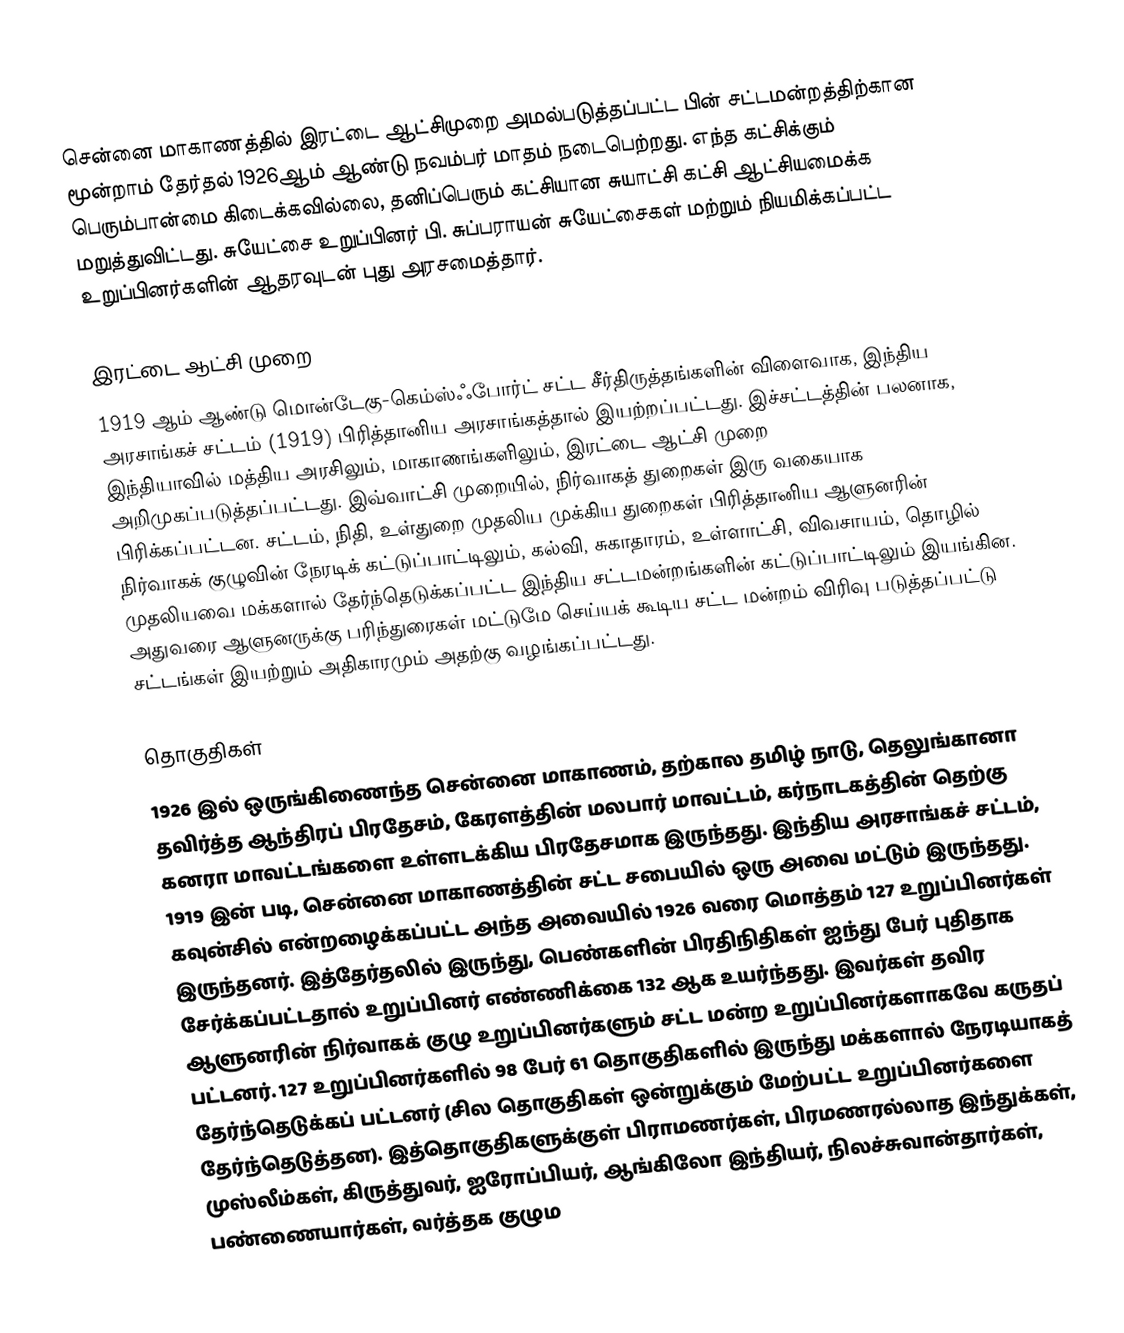
சென்னை மாகாணத்தில் இரட்டை ஆட்சிமுறை அமல்படுத்தப்பட்ட பின் சட்டமன்றத்திற்கான மூன்றாம் தேர்தல் 1926ஆம் ஆண்டு நவம்பர் மாதம் நடைபெற்றது. எந்த கட்சிக்கும் பெரும்பான்மை கிடைக்கவில்லை, தனிப்பெரும் கட்சியான சுயாட்சி கட்சி ஆட்சியமைக்க மறுத்துவிட்டது. சுயேட்சை உறுப்பினர் பி. சுப்பராயன் சுயேட்சைகள் மற்றும் நியமிக்கப்பட்ட உறுப்பினர்களின் ஆதரவுடன் புது அரசமைத்தார்.

இரட்டை ஆட்சி முறை
1919 ஆம் ஆண்டு மொன்டேகு-கெம்ஸ்ஃபோர்ட் சட்ட சீர்திருத்தங்களின் விளைவாக, இந்திய அரசாங்கச் சட்டம் (1919) பிரித்தானிய அரசாங்கத்தால் இயற்றப்பட்டது. இச்சட்டத்தின் பலனாக, இந்தியாவில் மத்திய அரசிலும், மாகாணங்களிலும், இரட்டை ஆட்சி முறை அறிமுகப்படுத்தப்பட்டது. இவ்வாட்சி முறையில், நிர்வாகத் துறைகள் இரு வகையாக பிரிக்கப்பட்டன. சட்டம், நிதி, உள்துறை முதலிய முக்கிய துறைகள் பிரித்தானிய ஆளுனரின் நிர்வாகக் குழுவின் நேரடிக் கட்டுப்பாட்டிலும், கல்வி, சுகாதாரம், உள்ளாட்சி, விவசாயம், தொழில் முதலியவை மக்களால் தேர்ந்தெடுக்கப்பட்ட இந்திய சட்டமன்றங்களின் கட்டுப்பாட்டிலும் இயங்கின. அதுவரை ஆளுனருக்கு பரிந்துரைகள் மட்டுமே செய்யக் கூடிய சட்ட மன்றம் விரிவு படுத்தப்பட்டு சட்டங்கள் இயற்றும் அதிகாரமும் அதற்கு வழங்கப்பட்டது.

தொகுதிகள்
1926 இல் ஒருங்கிணைந்த சென்னை மாகாணம், தற்கால தமிழ் நாடு, தெலுங்கானா தவிர்த்த ஆந்திரப் பிரதேசம், கேரளத்தின் மலபார் மாவட்டம், கர்நாடகத்தின் தெற்கு கனரா மாவட்டங்களை உள்ளடக்கிய பிரதேசமாக இருந்தது. இந்திய அரசாங்கச் சட்டம், 1919 இன் படி, சென்னை மாகாணத்தின் சட்ட சபையில் ஒரு அவை மட்டும் இருந்தது. கவுன்சில் என்றழைக்கப்பட்ட அந்த அவையில் 1926 வரை மொத்தம் 127 உறுப்பினர்கள் இருந்தனர். இத்தேர்தலில் இருந்து, பெண்களின் பிரதிநிதிகள் ஐந்து பேர் புதிதாக சேர்க்கப்பட்டதால் உறுப்பினர் எண்ணிக்கை 132 ஆக உயர்ந்தது. இவர்கள் தவிர ஆளுனரின் நிர்வாகக் குழு உறுப்பினர்களும் சட்ட மன்ற உறுப்பினர்களாகவே கருதப் பட்டனர். 127 உறுப்பினர்களில் 98 பேர் 61 தொகுதிகளில் இருந்து மக்களால் நேரடியாகத் தேர்ந்தெடுக்கப் பட்டனர் (சில தொகுதிகள் ஒன்றுக்கும் மேற்பட்ட உறுப்பினர்களை தேர்ந்தெடுத்தன). இத்தொகுதிகளுக்குள் பிராமணர்கள், பிரமணரல்லாத இந்துக்கள், முஸ்லீம்கள், கிருத்துவர், ஐரோப்பியர், ஆங்கிலோ இந்தியர், நிலச்சுவான்தார்கள், பண்ணையார்கள், வர்த்தக குழும